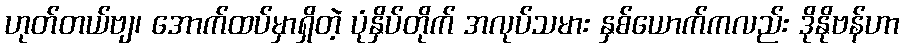
ဟုတ်တယ်ဗျ၊ အောက်ထပ်မှာရှိတဲ့ ပုံနှိပ်တိုက် အလုပ်သမား နှစ်ယောက်ကလည်း ဒိုနိုဗန်ဟာ